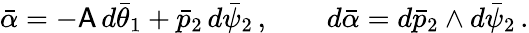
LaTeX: \bar{\alpha}=-\mathsf{A}\, d\bar{\theta}_{1}+\bar{p}_{2}\, d\bar{\psi}_{2}\, ,\qquad d\bar{\alpha}=d\bar{p}_{2}\wedge d\bar{\psi}_{2}\, .